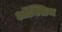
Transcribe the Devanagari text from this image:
ऑक्सिम